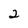
Character: 2